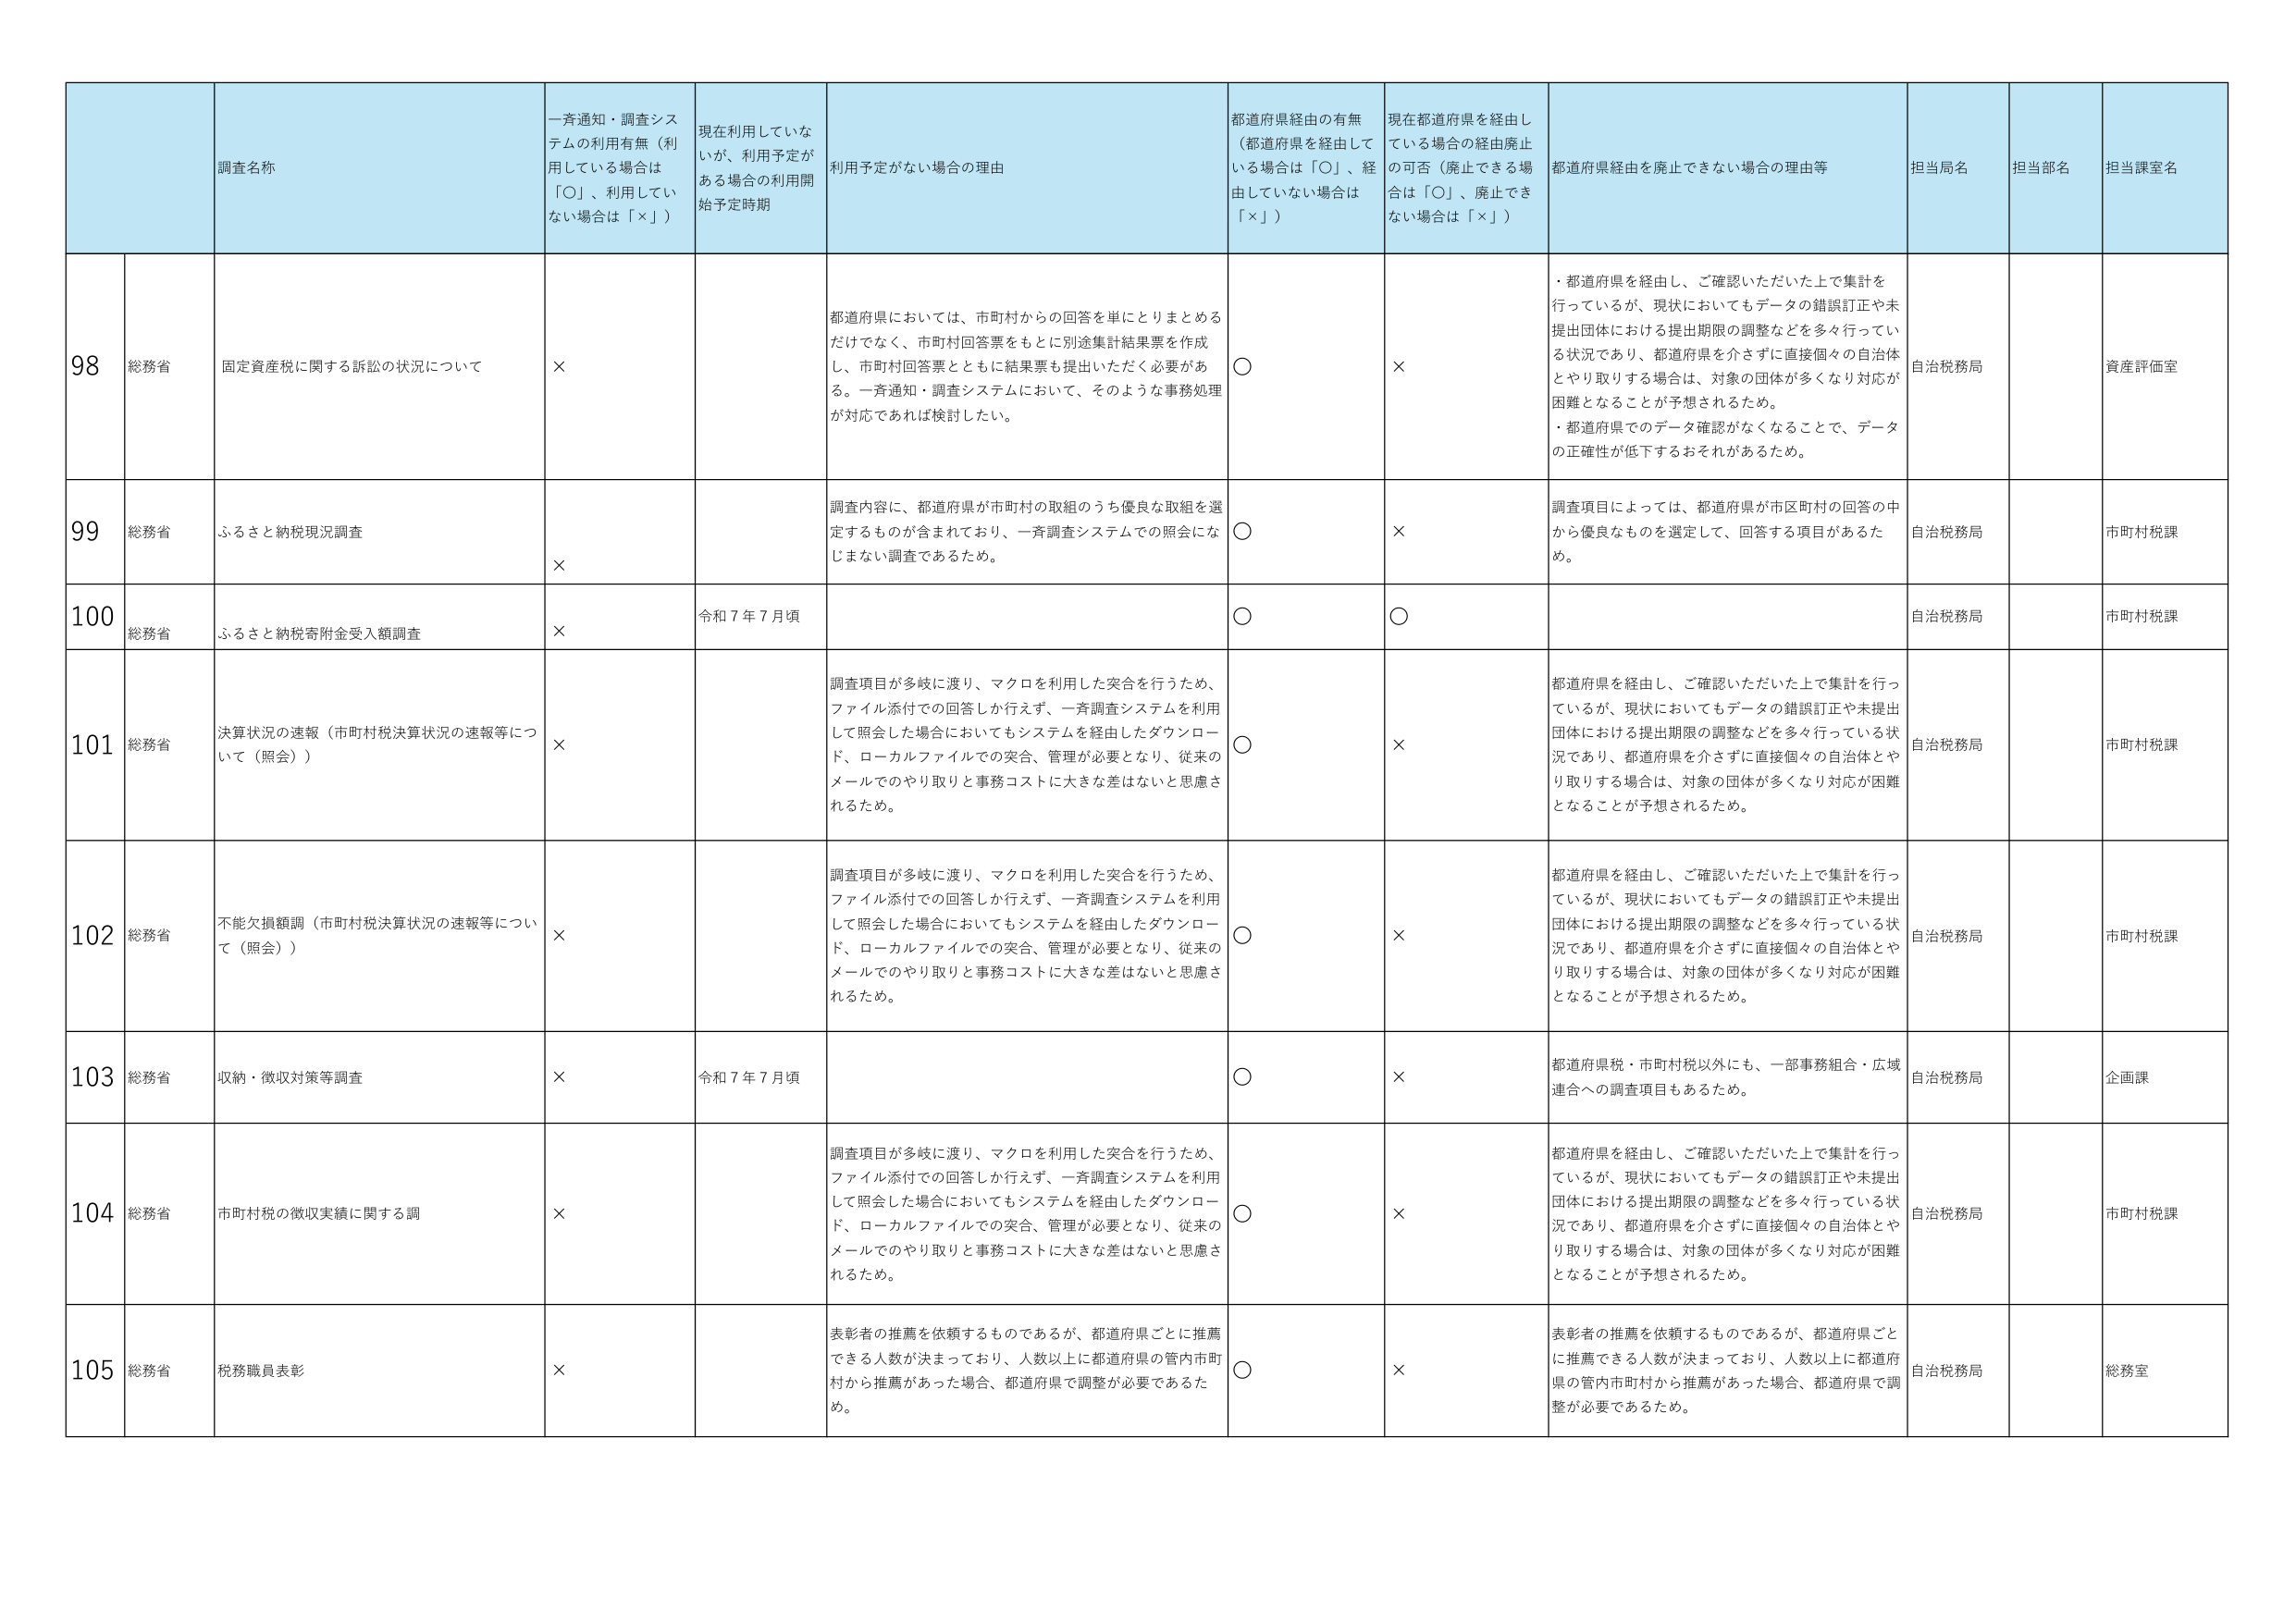
98 総務省 固定資産税に関する訴訟の状況について × 都道府県においては、市町村からの回答を単にとりまとめるだけでなく、市町村回答票をもとに別途集計結果票を作成し、市町村回答票とともに結果票も提出いただく必要がある。一斉通知・調査システムにおいて、そのような事務処理が対応であれば検討したい。 ○ × ・都道府県を経由し、ご確認いただいた上で集計を行っているが、現状においてもデータの錯誤訂正や未提出団体における提出期限の調整などを多々行っている状況であり、都道府県を介さずに直接個々の自治体とやり取りする場合は、対象の団体が多くなり対応が困難となることが予想されるため。 ・都道府県でのデータ確認がなくなることで、データの正確性が低下するおそれがあるため。 自治税務局 資産評価室

99 総務省 ふるさと納税現況調査 × 調査内容に、都道府県が市町村の取組のうち優良な取組を選定するものが含まれており、一斉調査システムでの照会になじまない調査であるため。 ○ × 調査項目によっては、都道府県が市区町村の回答の中から優良なものを選定して、回答する項目があるため。 自治税務局 市町村税課

100 総務省 ふるさと納税寄附金受入額調査 × 令和７年７月頃 ○ ○ 自治税務局 市町村税課

101 総務省 決算状況の速報（市町村税決算状況の速報等について（照会）） × 調査項目が多岐に渡り、マクロを利用した突合を行うため、ファイル添付での回答しか行えず、一斉調査システムを利用して照会した場合においてもシステムを経由したダウンロード、ローカルファイルでの突合、管理が必要となり、従来のメールでのやり取りと事務コストに大きな差はないと思慮されるため。 ○ × 都道府県を経由し、ご確認いただいた上で集計を行っているが、現状においてもデータの錯誤訂正や未提出団体における提出期限の調整などを多々行っている状況であり、都道府県を介さずに直接個々の自治体とやり取りする場合は、対象の団体が多くなり対応が困難となることが予想されるため。 自治税務局 市町村税課

102 総務省 不能欠損額調（市町村税決算状況の速報等について（照会）） × 調査項目が多岐に渡り、マクロを利用した突合を行うため、ファイル添付での回答しか行えず、一斉調査システムを利用して照会した場合においてもシステムを経由したダウンロード、ローカルファイルでの突合、管理が必要となり、従来のメールでのやり取りと事務コストに大きな差はないと思慮されるため。 ○ × 都道府県を経由し、ご確認いただいた上で集計を行っているが、現状においてもデータの錯誤訂正や未提出団体における提出期限の調整などを多々行っている状況であり、都道府県を介さずに直接個々の自治体とやり取りする場合は、対象の団体が多くなり対応が困難となることが予想されるため。 自治税務局 市町村税課

103 総務省 収納・徴収対策等調査 × 令和７年７月頃 ○ × 都道府県税・市町村税以外にも、一部事務組合・広域連合への調査項目もあるため。 自治税務局 企画課

104 総務省 市町村税の徴収実績に関する調 × 調査項目が多岐に渡り、マクロを利用した突合を行うため、ファイル添付での回答しか行えず、一斉調査システムを利用して照会した場合においてもシステムを経由したダウンロード、ローカルファイルでの突合、管理が必要となり、従来のメールでのやり取りと事務コストに大きな差はないと思慮されるため。 ○ × 都道府県を経由し、ご確認いただいた上で集計を行っているが、現状においてもデータの錯誤訂正や未提出団体における提出期限の調整などを多々行っている状況であり、都道府県を介さずに直接個々の自治体とやり取りする場合は、対象の団体が多くなり対応が困難となることが予想されるため。 自治税務局 市町村税課

105 総務省 税務職員表彰 × 表彰者の推薦を依頼するものであるが、都道府県ごとに推薦できる人数が決まっており、人数以上に都道府県の管内市町村から推薦があった場合、都道府県で調整が必要であるため。 ○ × 表彰者の推薦を依頼するものであるが、都道府県ごとに推薦できる人数が決まっており、人数以上に都道府県の管内市町村から推薦があった場合、都道府県で調整が必要であるため。 自治税務局 総務室

調査名称 一斉通知・調査システムの利用有無（利用している場合は「○」、利用していない場合は「×」） 現在利用していないが、利用予定がある場合の利用開始予定時期 利用予定がない場合の理由 都道府県経由の有無（都道府県を経由している場合は「○」、経由していない場合は「×」） 現在都道府県を経由している場合の経由廃止の可否（廃止できる場合は「○」、廃止できない場合は「×」） 都道府県経由を廃止できない場合の理由等 担当局名 担当部名 担当課室名